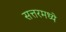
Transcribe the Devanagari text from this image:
सत्तरमध्ये